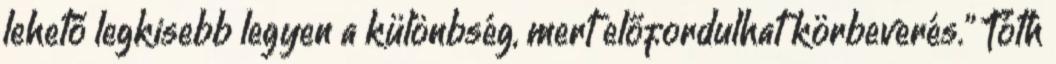
lehető legkisebb legyen a különbség, mert előfordulhat körbeverés." Tóth